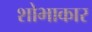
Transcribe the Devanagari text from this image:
शोभाकार